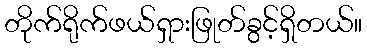
တိုက်ရိုက်ဖယ်ရှားဖြုတ်ခွင့်ရှိတယ်။